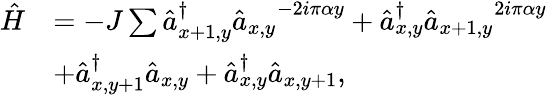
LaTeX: \begin{array}{rl}{\hat{H}}&{=-J\sum\hat{a}_{x+1,y}^{\dagger}{\hat{a}_{x,y}}^{-2i\pi\alpha y}+\hat{a}_{x,y}^{\dagger}{\hat{a}_{x+1,y}}^{2i\pi\alpha y}}\\ &{+\hat{a}_{x,y+1}^{\dagger}\hat{a}_{x,y}+\hat{a}_{x,y}^{\dagger}\hat{a}_{x,y+1},}\end{array}